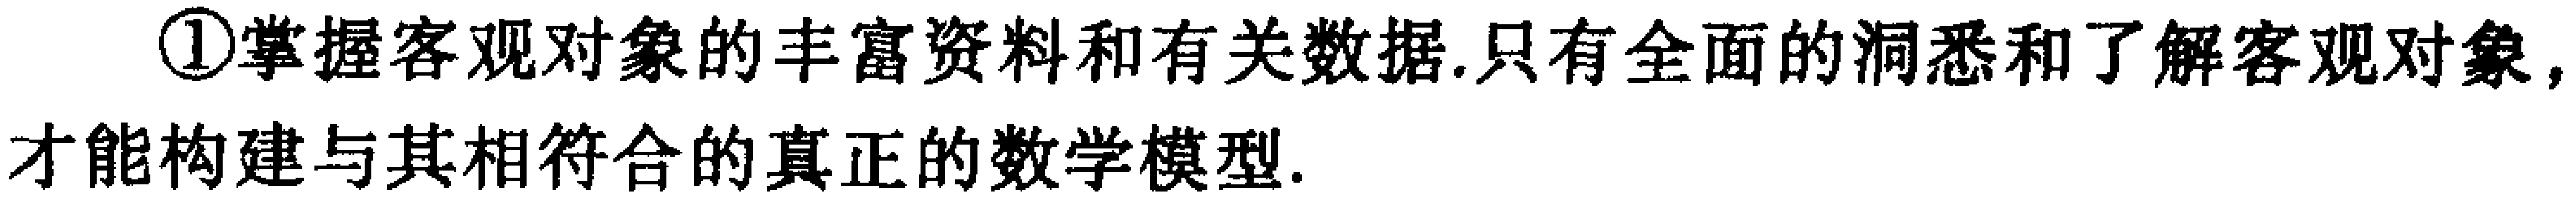
\textcircled{1}掌握客观对象的丰富资料和有关数据.只有全面的洞悉和了解客观对象,才能构建与其相符合的真正的数学模型.